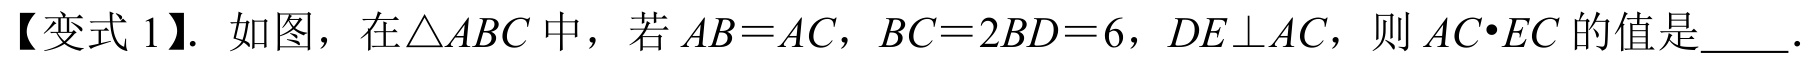
【变式 1】. 如图，在$\triangle ABC$中，若$AB = AC$，$BC = 2BD = 6$，$DE\perp AC$，则$AC\cdot EC$的值是  ．